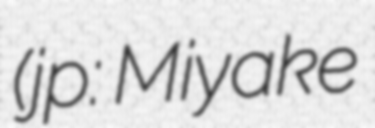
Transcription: (jp:三宅善信 Miyake